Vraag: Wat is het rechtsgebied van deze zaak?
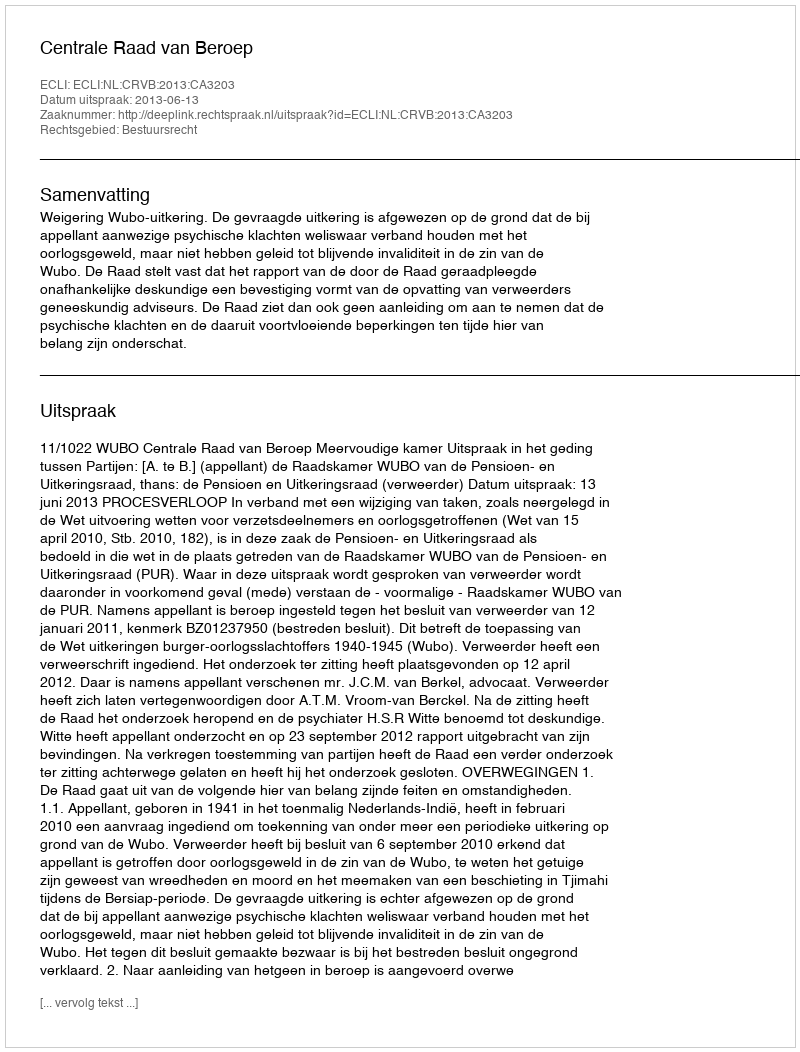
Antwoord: Bestuursrecht